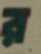
র